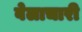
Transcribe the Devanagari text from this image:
वेलाचारी